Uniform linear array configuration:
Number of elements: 8
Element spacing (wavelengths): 0.75
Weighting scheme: kaiser
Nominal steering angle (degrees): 30
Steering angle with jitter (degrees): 28.062
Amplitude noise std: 0.05
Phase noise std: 0.05

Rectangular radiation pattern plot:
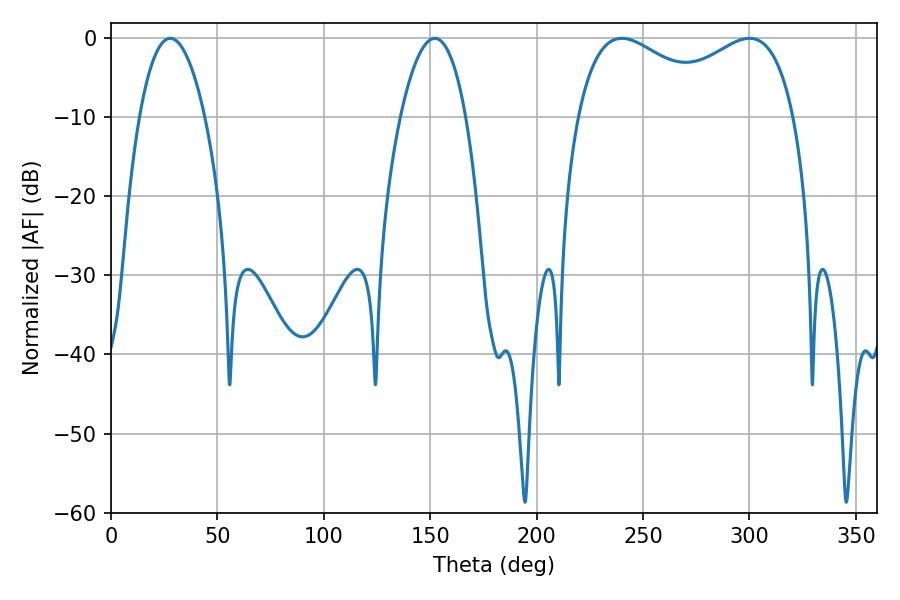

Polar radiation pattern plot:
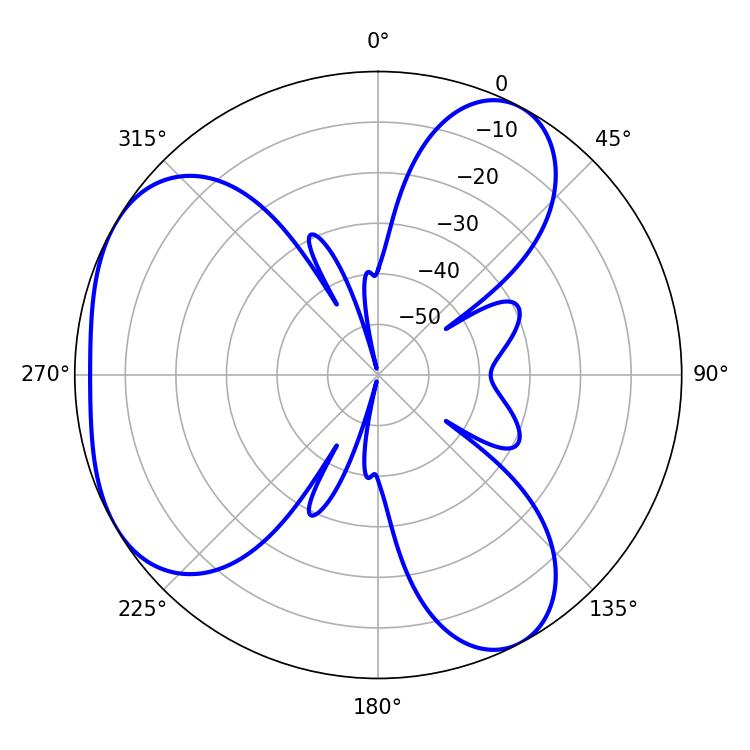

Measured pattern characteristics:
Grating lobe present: TRUE
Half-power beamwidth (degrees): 40.68
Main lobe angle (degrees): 239.94